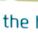
the